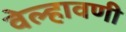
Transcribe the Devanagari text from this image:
वेल्हावणी